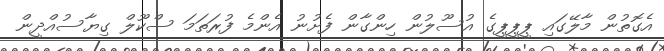
އެގޮތުން މާލޭގައި ޕީޕީޕީގެ އުސޫލުން ހިންގާން ފެށުނު އެންމެ ފުރަތަމަ ސްކޫލް ގިޔާސުއްދީން